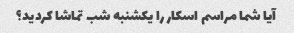
آیا شما مراسم اسکار را یکشنبه شب تماشا کردید؟